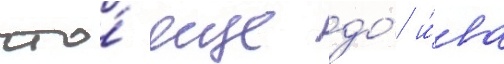
что́ еще до́ и́ва